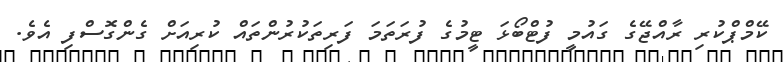
ކޭމްޕްކުރި ރާއްޖޭގެ ގައުމީ ފުޓްބޯޅަ ޓީމުގެ ފުރަތަމަ ފަރިތަކުރުންތައް ކުރިއަށް ގެންގޮސްފި އެވެ.